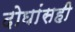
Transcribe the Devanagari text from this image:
दोघांसही